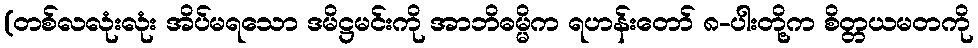
(တစ်လလုံးလုံး အိပ်မရသော ဒမိဋ္ဌမင်းကို အာဘိဓမ္မိက ရဟန်းတော် ၈-ပါးတို့က စိတ္တယမတကို